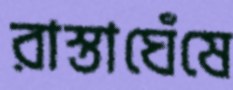
রাস্তাঘেঁষে